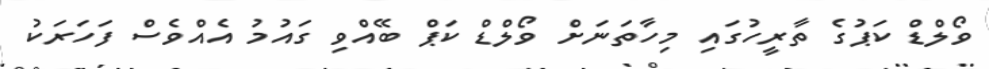
ވޯލްޑް ކަޕުގެ ތާރީހުގައި މިހާތަނަށް ވޯލްޑް ކަޕް ބޭއްވި ގައުމު އެއްވެސް ފަހަރަކު